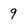
Character: 9